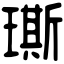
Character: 𤩐